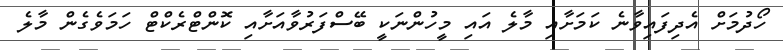
ހޯދުމަށް އެދިފައިވާނެ ކަމަށާއި މާލެ އައި މީހުންނަކީ ބޭސްފަރުވާއަށާއި ކޮންޓްރެކްޓް ހަމަވެގެން މާލެ